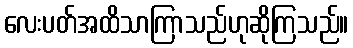
လေးပတ်အထိသာကြာသည်ဟုဆိုကြသည်။